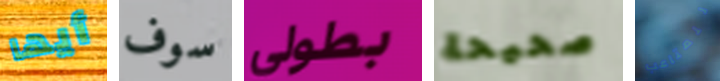
أيها سوف بطولي صحيحة للمتاعب